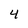
Character: 4